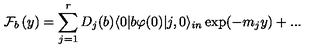
\mathcal { F } _ { b } \left( y \right) = \sum _ { j = 1 } ^ { r } D _ { j } ( b ) \langle 0 | b \varphi ( 0 ) | j , 0 \rangle _ { i n } \exp ( - m _ { j } y ) + . . .